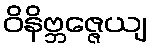
ဝိနိဗ္ဘဇ္ဇေယျ